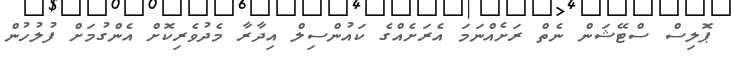
ޕޮލިސް ސްޓޭޝަން ނެތް ރަށެއްނަމަ އެރަށެއްގެ ކައުންސިލް އިދާރާ މެދުވެރިކޮށް އެންގުމަށް ފުލުހުން